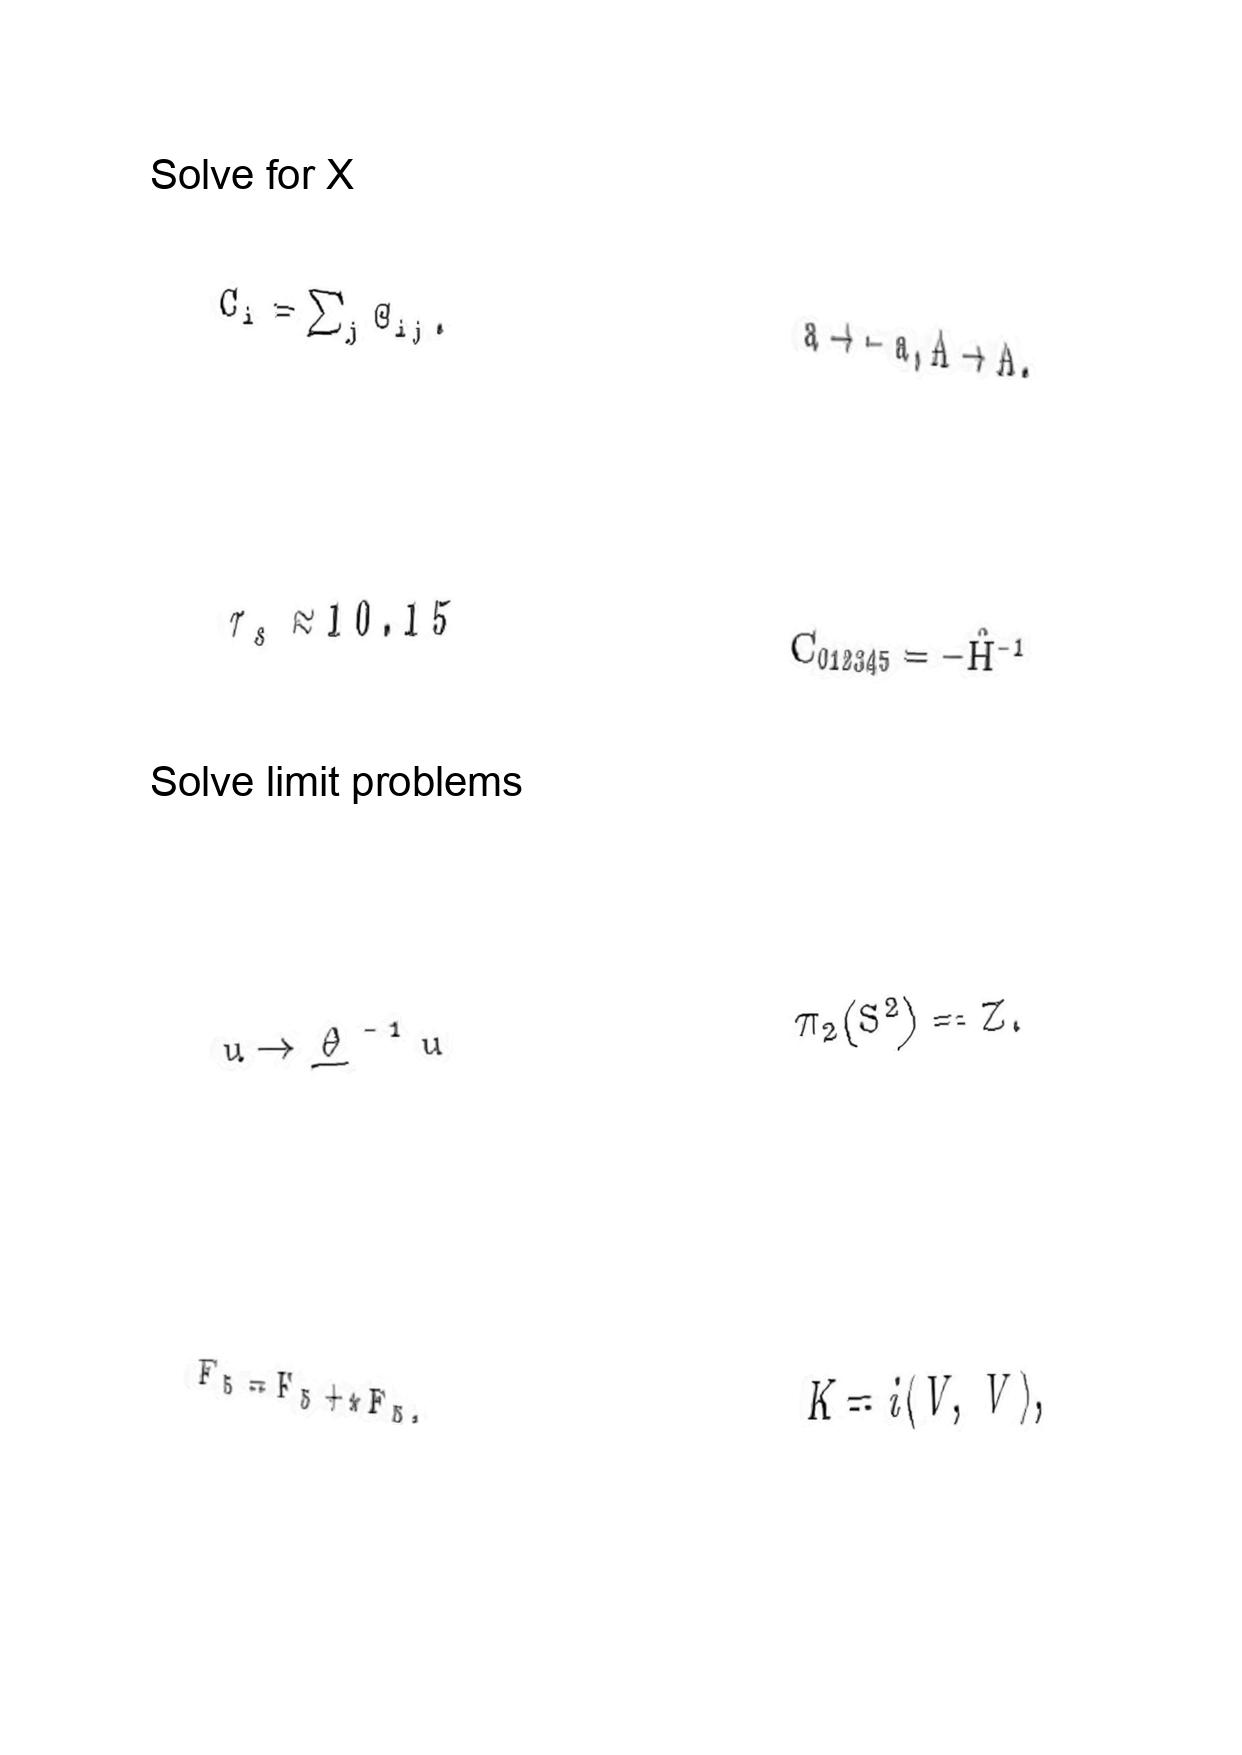
LaTeX transcription:
C _ { i } = \sum _ { j } \Theta _ { i j } .
\tau _ { s } \approx 1 0 . 1 5
u \rightarrow \underline { \theta } ^ { - 1 } u
F _ { 5 } = F _ { 5 } + \star F _ { 5 } ,
a \rightarrow - a , A \rightarrow A ,
C _ { 0 1 2 3 4 5 } = - \hat { H } ^ { - 1 }
\pi _ { 2 } \lparen S ^ { 2 } \rparen = Z .
K = i \langle V , \bar { V } \rangle ,